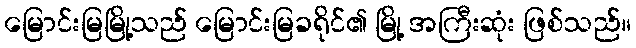
မြောင်းမြမြို့သည် မြောင်းမြခရိုင်၏ မြို့ အကြီးဆုံး ဖြစ်သည်။